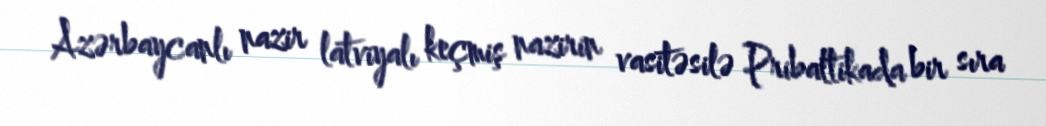
Azərbaycanlı nazir latviyalı keçmiş nazirin vasitəsilə Pribaltikada bir sıra